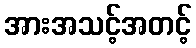
အားအသင့်အတင့်